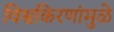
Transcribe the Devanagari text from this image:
विश्वकिरणांमुळे